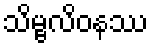
သိမ္ဗလိဝနဿ